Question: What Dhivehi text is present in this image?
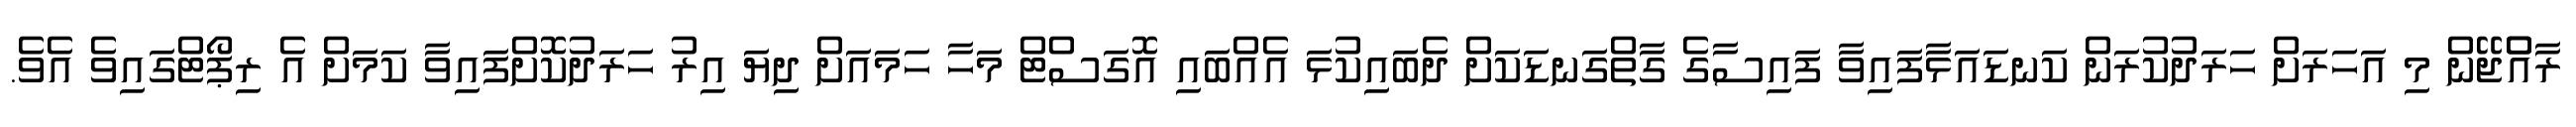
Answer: ރާއްްޖޭން މި އަހަރަށް ހަރަދުކުރަން ކަނޑައަޅާފައިވާ ފައިސާގެ ގާތްގަނޑަކަށް ދެބައިކުޅަ އެއްބައި އޮގަސްޓް މަހާ ހަމައަށް ދިޔަ އިރު ހަރަދުކޮށްފައިވާ ކަމަށް އެ ރިޕޯޓްގައިވެ އެވެ.